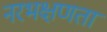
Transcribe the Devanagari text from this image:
नरभक्षणता